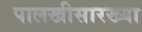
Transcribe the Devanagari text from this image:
पालखीसारख्या